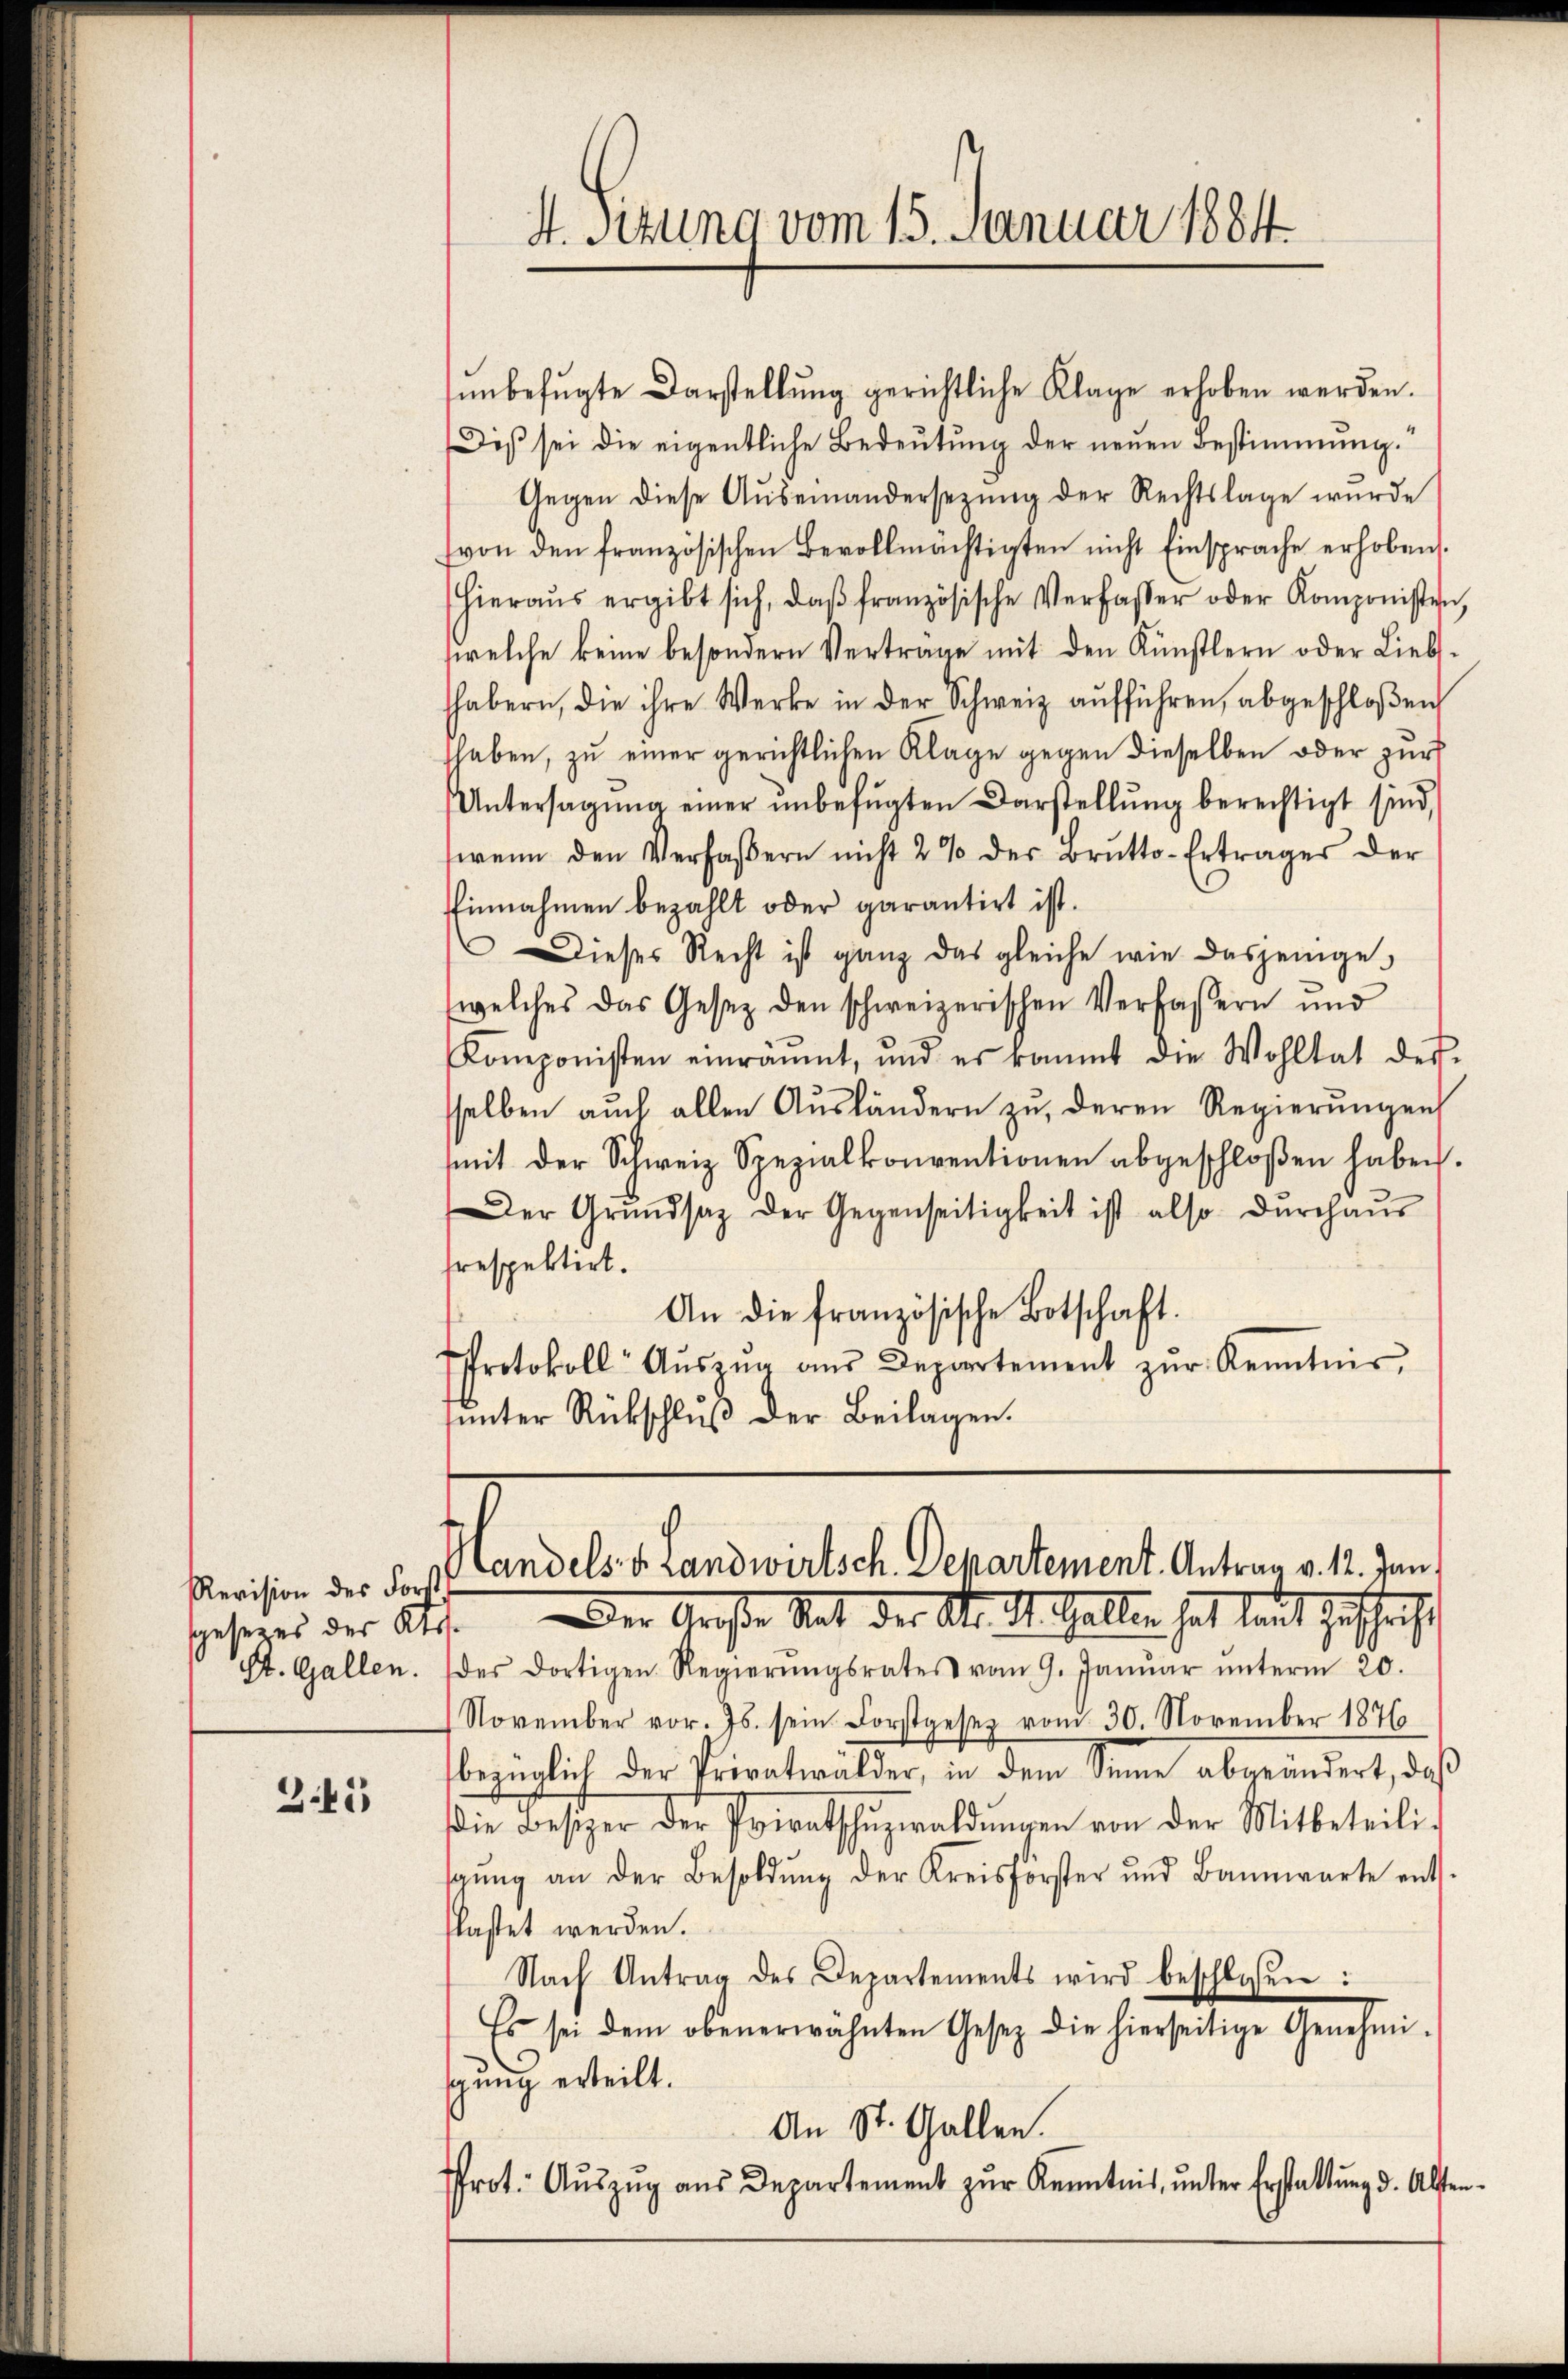
Revision des Fort
sgesetzes des Kts.
St. Gallen.

365

ŭnbefŭgte Darstellung gerichtliche Klage erhoben werden.
Dis sei die eigentliche Bedeutung der neuen Bestimmung.
Gegen diese Auseinandersezung der Rechtslage wurde
von den französischen Bevollmächtigten nicht Einsprache erhoben.
hieraŭs ergibt sich, daβ französische Verfasser oder Komponisten,
welche keine besondern Verträge mit den Künstlern oder Liebs-
habern, die ihre Werke in der Schweiz aŭfführen, abgeschloßen
haben, zu einer gerichtlichen Klage gegen dieselben oder zur
Untersagŭng einer ŭnbefŭgten Darstellŭng berechtigt sind,
wenn den Verfaβern nicht 2 % der Brŭtto-Ertrages der
Einnahmen bezahlt oder garantirt ist.
Dieses Recht ist ganz das gleiche wie dasjenige
welches das Gesetz den schweizerischen Verfassern und
Komponisten einräumt, und er räumt die Wohltat des-
sselben auch allen Aŭsländern zu, deren Regierŭngen
mit der Schweiz Spezialkonventionen abgeschloßen haben.
Der Grŭndsaz der Gegenseitigkeit ist also durchaŭs
respektirt.
An die französische Botschaft.
Protokoll- Aŭszŭg aŭs Departement zŭr Kenntnis
unter Rückschluß der Beilagen.

Der Große Rat der St. St. Gallen hat laut Zuschrift
des dortigen Regierŭngsrates vom 9. Janŭar ŭnterm 20.
November vor. Js. sein Forstgesez vom 30. November 1876
bezüglich der Privatwälder, in dem Sinne abgeändert, daß
die Besizer der Privatschŭzwaldŭngen von der Mitbeteili-
gŭng an der Besoldŭng der Kreisförster und Bannwarte ents-
lastet werden.
Nach Antrag des Departements wird beschlossen:
Es sei dem obenerwähnten Gesetz die hierseitige Genehmi-
gung erteilt.
An St. Gallen.
Prot. Aŭszŭg aŭs Departement zŭr Kenntnis, ŭnter Erstattŭng d. Alsten.

4. Sitzung vom 15. Januar 1884

Handels v. Landwirtsch. Departement. Antrag v. 12. Jan.